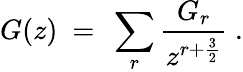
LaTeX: G(z)\ =\ \sum_{r}{\frac{G_{r}}{z^{r+{\frac{3}{2}}}}}\ .